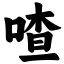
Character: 喳